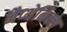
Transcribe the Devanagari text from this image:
नैप्थेनिक्स